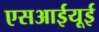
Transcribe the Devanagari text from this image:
एसआईयूई